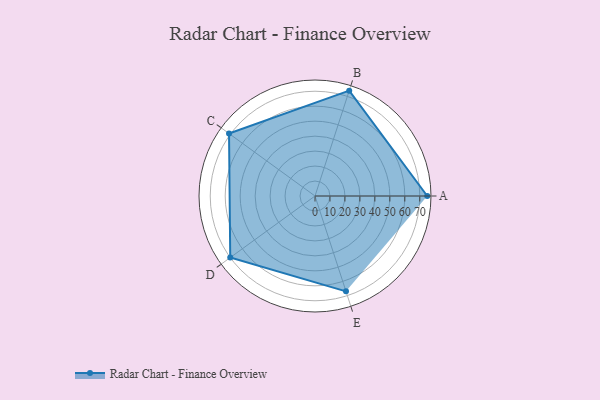
{"axis": {"x": "Skill", "y": "Score"}, "legend": ["Profile"], "data": [{"x": "A", "y": 75.0, "type": "Profile"}, {"x": "B", "y": 74.0, "type": "Profile"}, {"x": "C", "y": 71.0, "type": "Profile"}, {"x": "D", "y": 70.0, "type": "Profile"}, {"x": "E", "y": 67.0, "type": "Profile"}]}